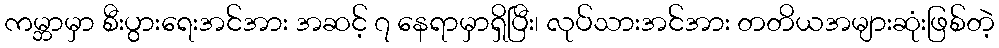
ကမ္ဘာမှာ စီးပွားရေးအင်အား အဆင့် ၇ နေရာမှာရှိပြီး၊ လုပ်သားအင်အား တတိယအများဆုံးဖြစ်တဲ့